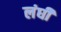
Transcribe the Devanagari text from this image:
लंघी